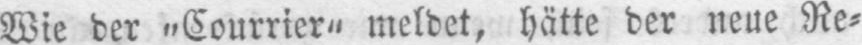
Wie der „Courrier“ meldet, hätte der neue Re⸗